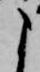
よ